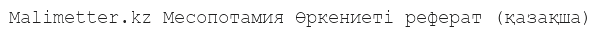
Malimetter.kz Месопотамия Өркениеті реферат (қазақша)